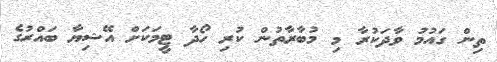
ތިން ގައުމު ވާދަކުރާ މި މުބާރާތުން ކުރި ހޯދާ ޓީމަކަށް އޭޝިޔާ ބައްރުގެ